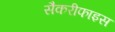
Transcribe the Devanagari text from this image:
सैकरीफाइस